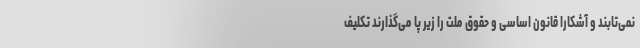
نمی‌تابند و آشکارا قانون اساسی و حقوق ملّت را زیر پا می‌گذارند تکلیف